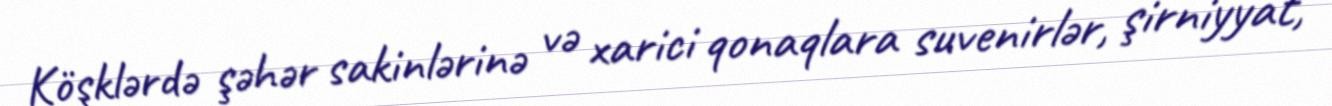
Köşklərdə şəhər sakinlərinə və xarici qonaqlara suvenirlər, şirniyyat,